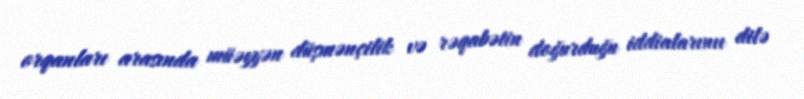
orqanları arasında müəyyən düşmənçilik və rəqabətin doğurduğu iddialarınıı dilə